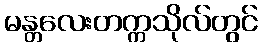
မန္တလေးတက္ကသိုလ်တွင်